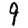
Digit: 9